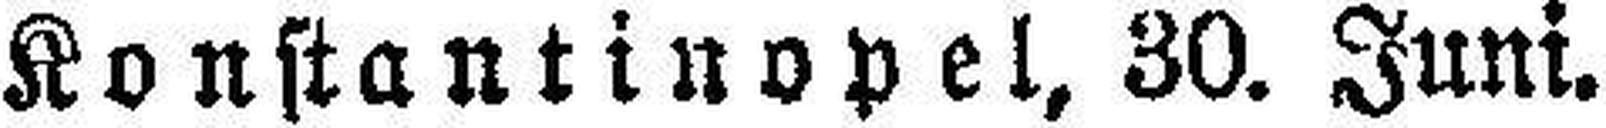
Konstantinopel, 30. Juni.